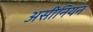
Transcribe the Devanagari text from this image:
असीनियन